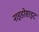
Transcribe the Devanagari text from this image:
नाइडोसाइट